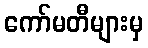
ကော်မတီများမှ